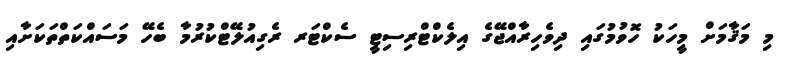
މި މަޤާމަށް މީހަކު ހޮވުމުގައި ދިވެހިރާއްޖޭގެ އިލެކްޓްރިސިޓީ ސެކްޓަރ ރެގިއުލޭޓްކުރުމާ ބެހޭ މަސައްކަތްތަކަށާއި